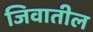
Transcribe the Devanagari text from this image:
जिवातील